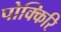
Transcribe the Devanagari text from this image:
पोक्किरि